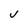
Character: v